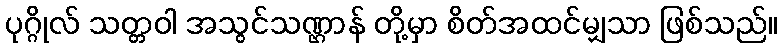
ပုဂ္ဂိုလ် သတ္တဝါ အသွင်သဏ္ဌာန် တို့မှာ စိတ်အထင်မျှသာ ဖြစ်သည်။